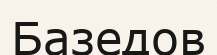
Базедов